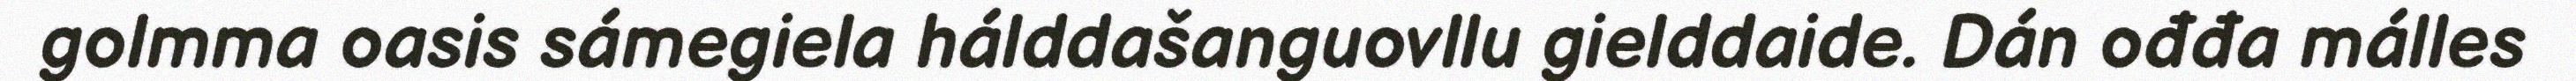
golmma oasis sámegiela hálddašanguovllu gielddaide. Dán ođđa málles